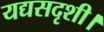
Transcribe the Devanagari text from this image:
यद्यसदृशी।